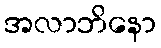
အလာဘိနော